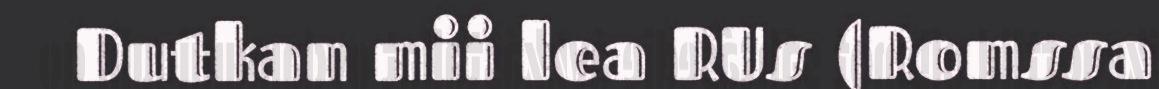
Dutkan mii lea RUs (Romssa